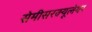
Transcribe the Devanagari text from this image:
सेमीसरक्यूलेयर